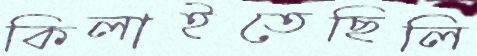
কিলাইতেছিলি